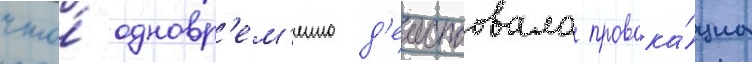
что́ одновр'ем'енно д'еиствовала провока́циа